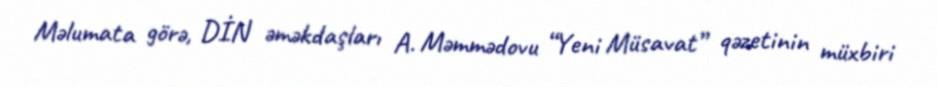
Məlumata görə, DİN əməkdaşları A. Məmmədovu “Yeni Müsavat” qəzetinin müxbiri